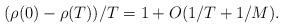
LaTeX: \begin{align*}{(\rho(0)-\rho(T))}/{T}=1+O(1/{T}+1/{M}).\end{align*}